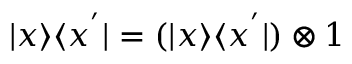
| x \rangle \langle x ^ { ' } | = ( | x \rangle \langle x ^ { ' } | ) \otimes 1